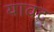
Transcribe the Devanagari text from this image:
यावद्